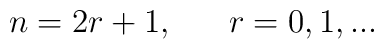
n = 2 r + 1, \ \ \ \ \  r = 0, 1, ...